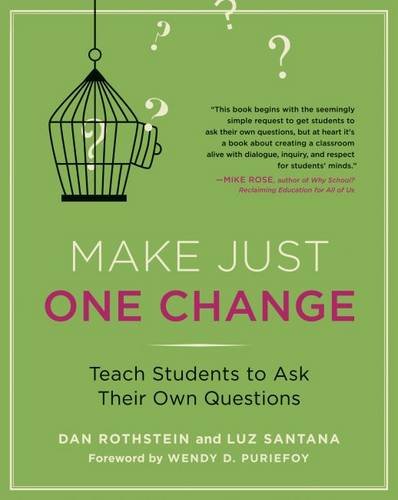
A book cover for Make Just One Change: Teach Students to Ask Their Own Questions; Dan Rothstein; Education & Teaching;